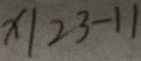
x \vert 2 3 - 1 1